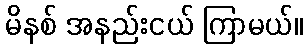
မိနစ် အနည်းငယ် ကြာမယ်။